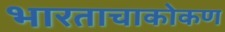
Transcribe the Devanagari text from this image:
भारताचाकोकण